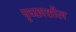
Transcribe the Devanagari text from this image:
पृच्छाशील